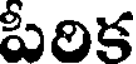
పీరిక